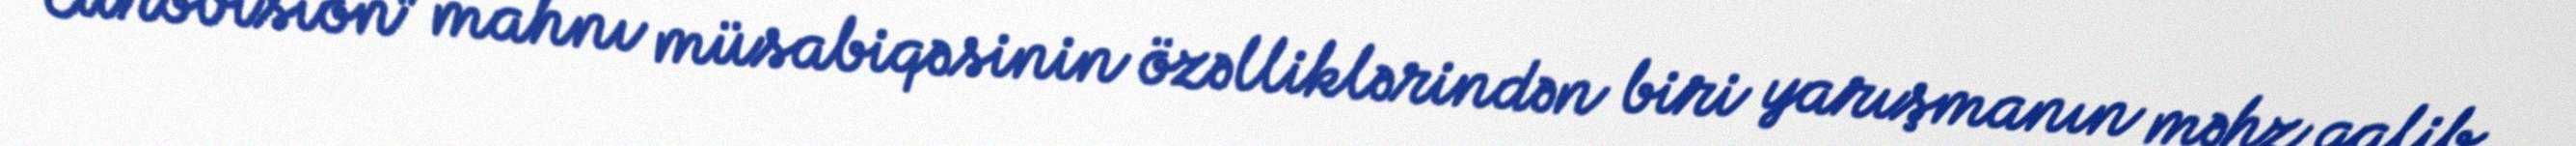
“Eurovision” mahnı müsabiqəsinin özəlliklərindən biri yarışmanın məhz qalib